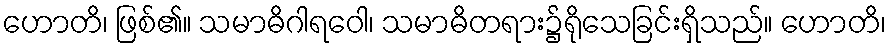
ဟောတိ၊ ဖြစ်၏။ သမာဓိဂါရဝေါ၊ သမာဓိတရား၌ရိုသေခြင်းရှိသည်။ ဟောတိ၊